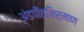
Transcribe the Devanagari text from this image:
अंडपीतनिर्माण